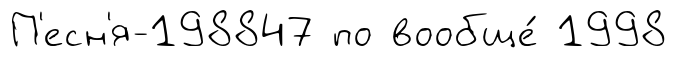
П'есн'я-198847 по вообще́ 1998